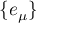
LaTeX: \{ e _ { \mu } \}